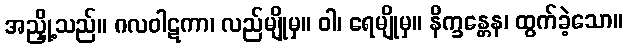
အညှို့သည်။ ဂလဝါဋကာ၊ လည်မျိုမှ။ ဝါ၊ ရေမျိုမှ။ နိက္ခန္တေန၊ ထွက်ခဲ့သော။